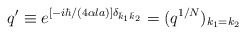
\begin{align*}q'\equiv e^{[-i\hbar/(4\alpha l a)]\delta_{\bar k_1\bar k_2}}=(q^{1/N})_{k_1=k_2}\end{align*}